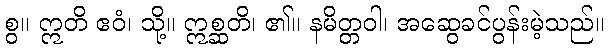
စွ။ ဣတိ ဧဝံ၊ သို့။ ဣစ္ဆတိ၊ ၏။ နမိတ္တဝါ၊ အဆွေခင်ပွန်းမဲ့သည်။